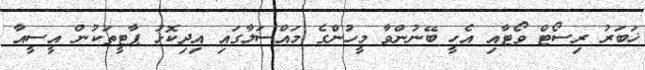
ޚަބަރު ރިސޯޓް ވޯޓާއި އެހީ ބޭނުންވާ މީހުންގެ މައްސަލާގައި އިދިކޮޅު ޕާޓީތަކުން އީސީއާ